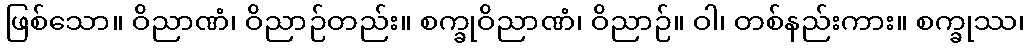
ဖြစ်သော။ ဝိညာဏံ၊ ဝိညာဉ်တည်း။ စက္ခုဝိညာဏံ၊ ဝိညာဉ်။ ဝါ၊ တစ်နည်းကား။ စက္ခုဿ၊